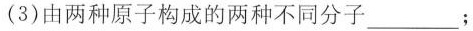
(3)由两种原子构成的两种不同分子___；